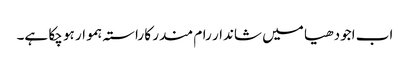
اب اجودھیا میں شاندار رام مندر کا راستہ ہموار ہو چکا ہے۔